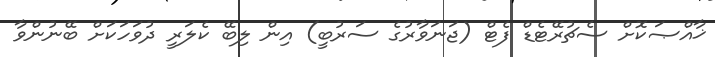
ޚާއްޞަކޮށް ސެޗުރޭޓެޑް ފެޓް (ޖަނަވާރުގެ ސަރުބީ) އިން ލިބޭ ކެލަރީ ދުވަހަކަށް ބޭނުންވާ